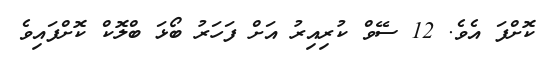
ކޮށްފަ އެެވެ. 12 ސޭވް ކުރިއިރު އަށް ފަހަރު ބޯޅަ ބްލޮކް ކޮށްފައިވެ